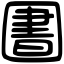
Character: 圕